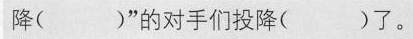
降( )”的对手们投降( )了。